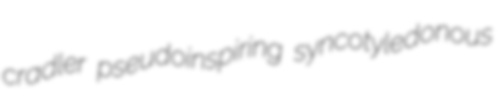
cradler pseudoinspiring syncotyledonous